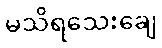
မသိရသေးချေ